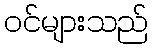
ဝင်များသည်